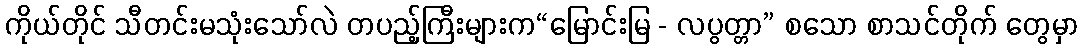
ကိုယ်တိုင် သီတင်းမသုံးသော်လဲ တပည့်ကြီးများက“မြောင်းမြ - လပွတ္တာ” စသော စာသင်တိုက် တွေမှာ